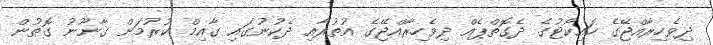
ދިވެހިރާއްޖޭގެ ހައިކޯޓުގެ ދެގޮތްޕެއް ދިވެހިރާއްޖޭގެ އުތުރާއި ދެކުނުގައި ގާއިމް ކުރުމަށް ގާނޫނު ގޮތުން